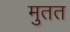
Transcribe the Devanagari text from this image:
मुतत